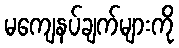
မကျေနပ်ချက်များကို